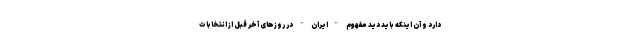
دارد و آن اینکه باید دید مفهوم "ایران" در روزهای آخر قبل از انتخابات